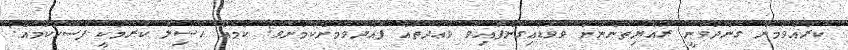
ކުރައްވަމުން ގެންދަވަނީ ރައްޔިތުންނަށް ވެވަޑައިގެންފައިވާ ވަޢުދުތައް ފުއްދެވުމަށްކަމަށެވެ! ކަމެއް ހާސިލް ކުރުމަކީ ފަސޭހަކަމެއް!